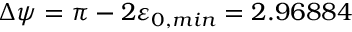
\Delta \psi = \pi - 2 \varepsilon _ { 0 , m i n } = 2 . 9 6 8 8 4